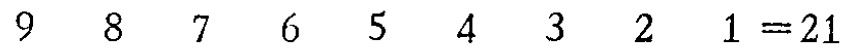
\(9\ 8\ 7\ 6\ 5\ 4\ 3\ 2\ 1 = 21\)